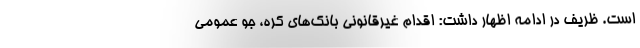
است. ظریف در ادامه اظهار داشت: اقدام غیرقانونی بانک‌های کره، جو عمومی